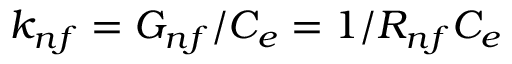
k _ { n f } = G _ { n f } / C _ { e } = 1 / R _ { n f } C _ { e }